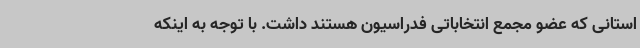
استانی که عضو مجمع انتخاباتی فدراسیون هستند داشت. با توجه به اینکه